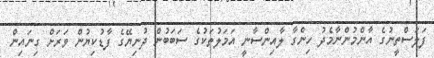
ފަލަސްތީނުގެ އާންމުންނާމެދު ހިންގާ ލާއިންސާނީ އަމަލުތަކުގެ ސަބަބުން ދުނިޔޭގެ ފާޑުކިޔުން ވަރަށް ގިނައިން